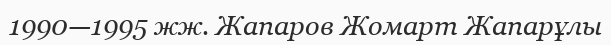
1990—1995 жж. Жапаров Жомарт Жапарұлы